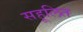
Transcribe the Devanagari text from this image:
सहूलित